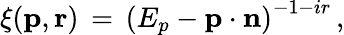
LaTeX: \xi({\mathbf p},{\mathbf r})\, =\, \left(E_{p}-{\mathbf p}\cdot{\mathbf n}\right)^{-1-ir}\, ,